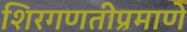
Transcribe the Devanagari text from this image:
शिरगणतीप्रमाणे